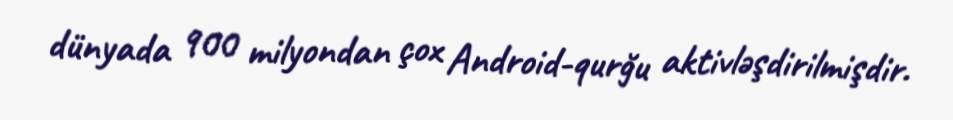
dünyada 900 milyondan çox Android-qurğu aktivləşdirilmişdir.